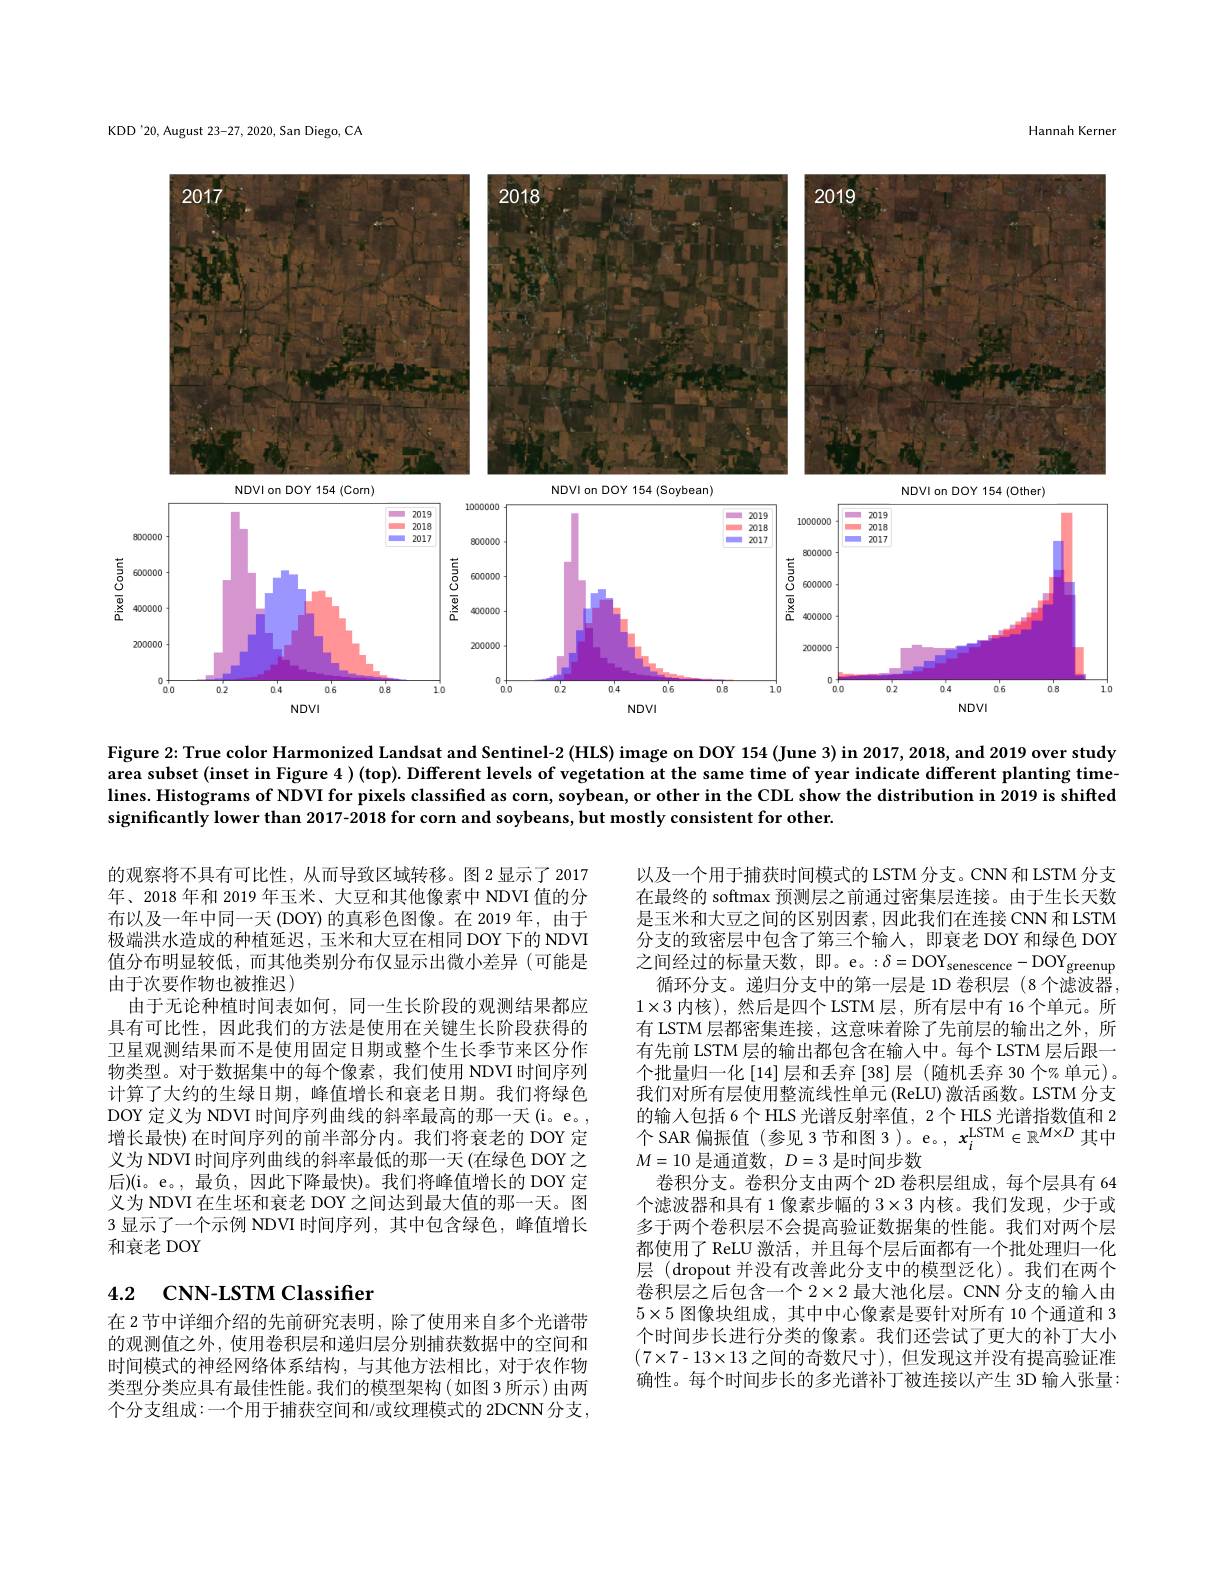
KDD'20,August 23-27,2020,San Diego, CA

Hannah Kerner

<FigureHere>
$\begin{array}{c}{\underset{0}{\operatorname*{\longrightarrow}}}\\{\underset{0}{\operatorname*{\longrightarrow}}}\end{array}$ $\begin{array}{c}{{\overline{\Phi}}}\\{{\underline{\Phi}}}\\{{\underline{\Omega}}}\\\end{array}$

Figure 2: True color Harmonized Landsat and Sentinel-2 (HLS) image on DOY 154 (June 3) in 2017, 2018, and 2019 over study area subset (inset in Figure 4 ) (top). Different levels of vegetation at the same time of year indicate different planting timelines. Histograms of NDVI for pixels classified as corn, soybean, or other in the CDL show the distribution in 2019 is shifted significantly lower than 2017-2018 for corn and soybeans, but mostly consistent for other.

的观察将不具有可比性，从而导致区域转移。图 2 显示了 2017年、2018 年和 2019 年玉米、大豆和其他像素中 NDVI 值的分布以及一年中同一天 (DOY) 的真彩色图像。在 2019 年，由于极端洪水造成的种植延迟，玉米和大豆在相同 DOY 下的 NDVI 值分布明显较低，而其他类别分布仅显示出微小差异(可能是由于次要作物也被推迟)
由于无论种植时间表如何，同一生长阶段的观测结果都应具有可比性，因此我们的方法是使用在关键生长阶段获得的卫星观测结果而不是使用固定日期或整个生长季节来区分作物类型。对于数据集中的每个像素，我们使用 NDVI 时间序列计算了大约的生绿日期，峰值增长和衰老日期。我们将绿色DOY 定义为 NDVI 时间序列曲线的斜率最高的那一天(i。e。, 增长最快)在时间序列的前半部分内。我们将衰老的 DOY 定义为 NDVI 时间序列曲线的斜率最低的那一天 (在绿色 DOY 之后)(i。e。,最负，因此下降最快)。我们将峰值增长的 DOY 定义为 NDVI 在生坯和衰老 DOY 之间达到最大值的那一天。图3 显示了一个示例 NDVI 时间序列，其中包含绿色，峰值增长和衰老 DOY

以及一个用于捕获时间模式的 LSTM 分支。CNN 和 LSTM 分支在最终的 softmax 预测层之前通过密集层连接。由于生长天数是玉米和大豆之间的区别因素，因此我们在连接 CNN 和 LSTM 分支的致密层中包含了第三个输人，即衰老 DOY 和绿色 DOY 之间经过的标量天数，即。e。:$\delta=\mathrm{DOY}_{\mathrm{senescence}}-\mathrm{DOY}_{\mathrm{greenup}}$
循环分支。递归分支中的第一层是 1D 卷积层(8个滤波器， $1\times3$内核),然后是四个 LSTM 层，所有层中有 16 个单元。所有 LSTM 层都密集连接，这意味着除了先前层的输出之外，所有先前 LSTM 层的输出都包含在输人中。每个 LSTM 层后跟一个批量归一化 [14]层和丢弃 [38] 层 (随机丢弃 30 个% 单元)。我们对所有层使用整流线性单元(ReLU) 激活函数。LSTM 分支的输入包括 6个 HLS 光谱反射率值，2 个 HLS 光谱指数值和 2 $M=10$是通道数$,D=3$是时间步数
卷积分支。卷积分支由两个 2D 卷积层组成，每个层具有 64个滤波器和具有 1 像素步幅的$3\times3$内核。我们发现，少于或多于两个卷积层不会提高验证数据集的性能。我们对两个层都使用了 ReLU 激活，并且每个层后面都有一个批处理归一化层 (dropout 并没有改善此分支中的模型泛化)。我们在两个卷积层之后包含一个 2×2 最大池化层。CNN 分支的输人由$5\times5$图像块组成，其中中心像素是要针对所有 10 个通道和 3个时间步长进行分类的像素。我们还尝试了更大的补丁大小$\left(7\times7-13\times13\text{之间的奇数尺寸}\right)$,但发现这并没有提高验证准确性。每个时间步长的多光谱补丁被连接以产生 3D 输人张量：

# 4.2 CNN-LSTM Classifier

在 2 节中详细介绍的先前研究表明，除了使用来自多个光谱带的观测值之外，使用卷积层和递归层分别捕获数据中的空间和时间模式的神经网络体系结构，与其他方法相比，对于农作物类型分类应具有最佳性能。我们的模型架构(如图 3 所示)由两个分支组成：一个用于捕获空间和/或纹理模式的 2DCNN 分支，